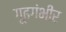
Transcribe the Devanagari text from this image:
गूढगंभीर